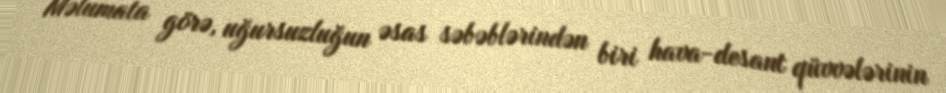
Məlumata görə, uğursuzluğun əsas səbəblərindən biri hava-desant qüvvələrinin